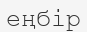
еңбір